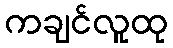
ကချင်လူထု